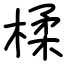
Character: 楺